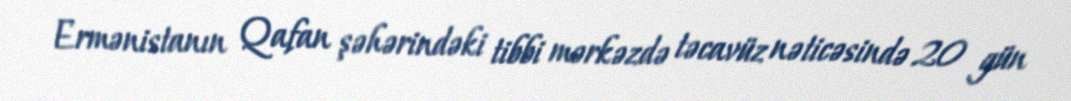
Ermənistanın Qafan şəhərindəki tibbi mərkəzdə təcavüz nəticəsində 20 gün